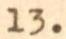
13.